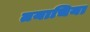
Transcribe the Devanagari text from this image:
तयाचिया